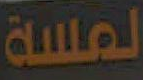
لمسة